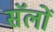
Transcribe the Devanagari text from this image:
सॅलों